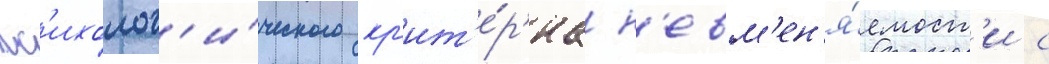
пс'ихолог'и́ческого кр'ит'е́р'иа н'евм'ен'я́емост'и с